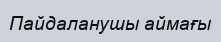
Пайдаланушы аймағы